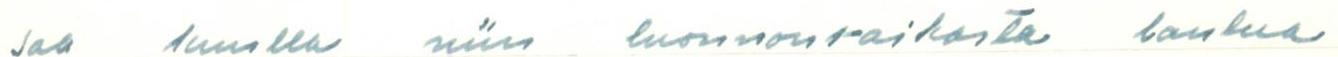
saa kuulla niin luonnonraikasta laulua